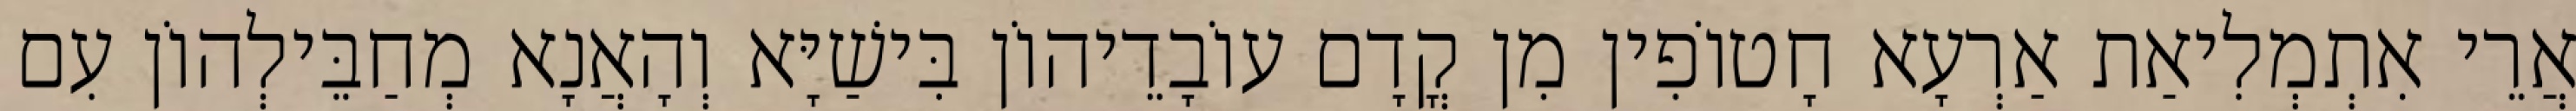
אֲרֵי אִתְמְלִיאַת אַרְעָא חָטוֹפִין מִן קֳדָם עוֹבָדֵיהוֹן בִּישַׁיָּא וְהָאֲנָא מְחַבֵּילְהוֹן עִם